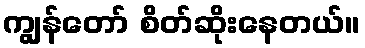
ကျွန်တော် စိတ်ဆိုးနေတယ်။